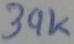
Text: 39K